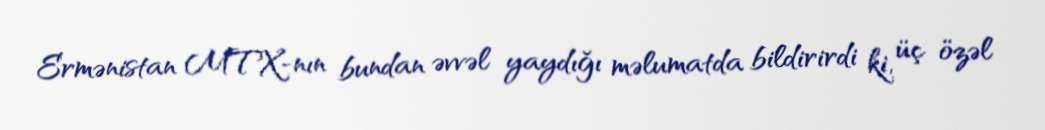
Ermənistan MTX-nın bundan əvvəl yaydığı məlumatda bildirirdi ki, üç özəl